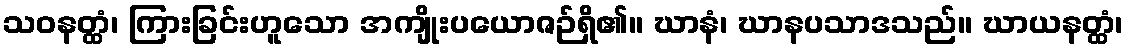
သဝနတ္ထံ၊ ကြားခြင်းဟူသော အကျိုးပယောဇဉ်ရှိ၏။ ဃာနံ၊ ဃာနပသာဒသည်။ ဃာယနတ္ထံ၊